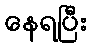
နေရပြီး